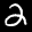
Label: 2